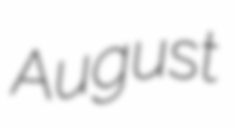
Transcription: August